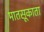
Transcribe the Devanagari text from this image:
मातसूकाता